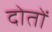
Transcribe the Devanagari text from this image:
दोतों